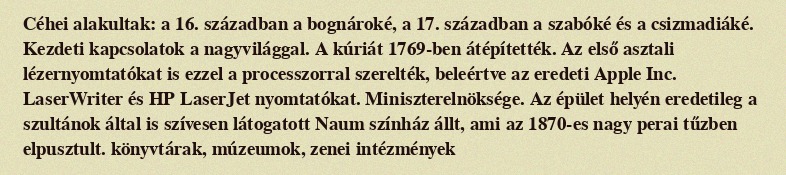
Céhei alakultak: a 16. században a bognároké, a 17. században a szabóké és a csizmadiáké. Kezdeti kapcsolatok a nagyvilággal. A kúriát 1769-ben átépítették. Az első asztali lézernyomtatókat is ezzel a processzorral szerelték, beleértve az eredeti Apple Inc. LaserWriter és HP LaserJet nyomtatókat. Miniszterelnöksége. Az épület helyén eredetileg a szultánok által is szívesen látogatott Naum színház állt, ami az 1870-es nagy perai tűzben elpusztult. könyvtárak, múzeumok, zenei intézmények